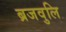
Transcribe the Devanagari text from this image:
ब्रजवुलि